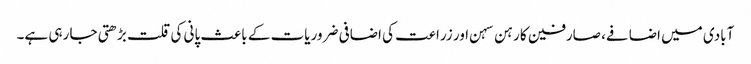
آبادی میں اضافے، صارفین کا رہن سہن اور زراعت کی اضافی ضروریات کے باعث پانی کی قلت بڑھتی جا رہی ہے۔